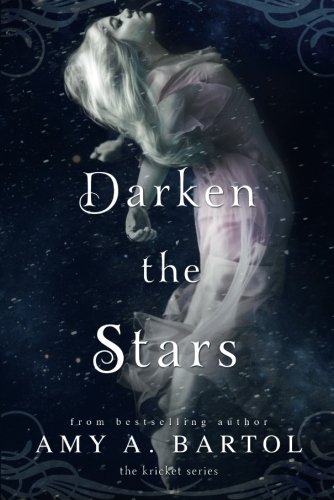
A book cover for Darken the Stars (The Kricket Series); Amy A. Bartol; Science Fiction & Fantasy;